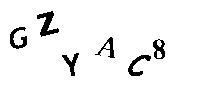
GZYAC8